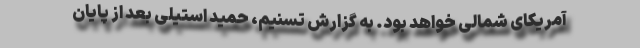
آمریکای شمالی خواهد بود. به گزارش تسنیم، حمید استیلی بعد از پایان